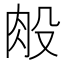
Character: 𰮏